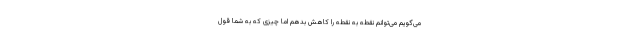
می‌گویم می‌توانم نقطه به نقطه را کاهش بدهم اما چیزی که به شما قول